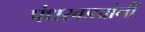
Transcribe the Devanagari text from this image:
पंधरवड्यांनीं